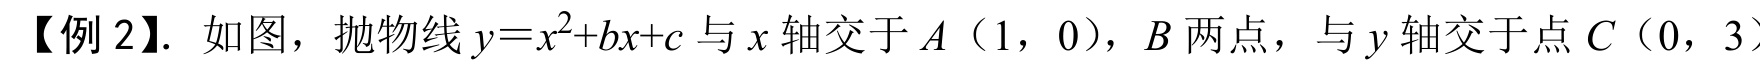
【例 2】. 如图，抛物线\(y = x^{2}+bx + c\)与\(x\)轴交于\(A\)（1，0），\(B\)两点，与\(y\)轴交于点\(C\)（0，3）